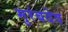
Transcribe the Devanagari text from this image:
मुरंबदेव